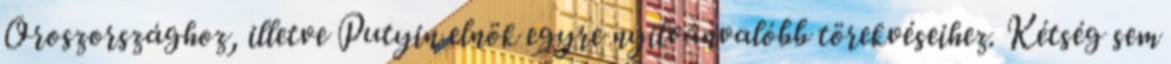
Oroszországhoz, illetve Putyin elnök egyre nyilvánvalóbb törekvéseihez. Kétség sem